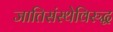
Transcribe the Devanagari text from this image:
जातिसंस्थेविरुद्ध